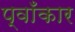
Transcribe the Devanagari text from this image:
प्वाँकार